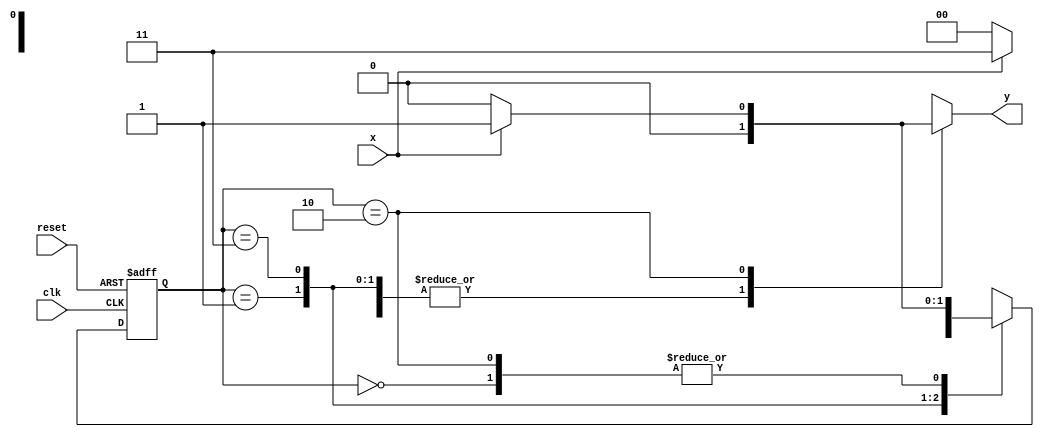
// Aluno: Samuel Eusbio da Silva

// -------------- 
// --- Mealy FSM 
// --------------
 
/* 
              Mealy FSM Diagram 
             __________________ 
            /                  \ 
         1 v      1        0  1 | // found 
 [start] ---> [id1] ---> [id11] ---> [id110] 
  ^ \0        0 |       1 / ^           0 | // not found 
  \_/          /         \__/             | 
    \_________/                            / 
     \                                  / 
      \________________________________/ 

*/ 

// constant definitions 
`define found 1 
`define notfound 0 

// FSM by Mealy 
module mealy1101 ( y, x, clk, reset ); 
output y; 
input x; 
input clk; 
input reset; 

reg y; 

parameter // state identifiers 
start = 2'b00, 
id1 = 2'b01, 
id11 = 2'b11, 
id110 = 2'b10; 

reg [1:0] E1; // current state variables 
reg [1:0] E2; // next state logic output 

// next state logic 
always @( x or E1 ) 
begin 
y = `notfound; 
case ( E1 ) 
start: 
if ( x ) 
E2 = id1; 
else 
E2 = start; 
id1: 
if ( x ) 
E2 = id11; 
else 
E2 = start; 
id11: 
if ( x ) 
E2 = id11; 
else 
E2 = id110; 
id110: 
if ( x ) 
begin 
E2 = id1; 
y = `found; 
end 
else 
begin 
E2 = start; 
y = `notfound; 
end 
default: // undefined state 
E2 = 2'bxx; 
endcase 
end // always at signal or state changing 

// state variables 
always @( posedge clk or negedge reset ) 
begin 
if ( reset ) 
E1 = E2; // updates current state 
else 
E1 = 0; // reset 
end // always at signal changing 

endmodule // mealy1101